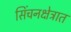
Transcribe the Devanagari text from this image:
सिंचनक्षेत्रात